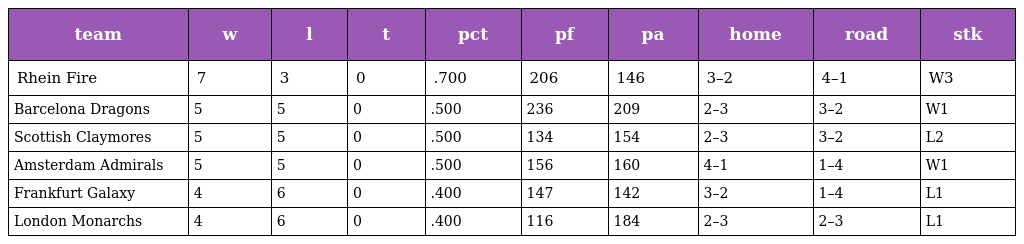
| team | w | l | t | pct | pf | pa | home | road | stk |
 | --- | --- | --- | --- | --- | --- | --- | --- | --- | --- |
 | Rhein Fire | 7 | 3 | 0 | .700 | 206 | 146 | 3–2 | 4–1 | W3 |
 | Barcelona Dragons | 5 | 5 | 0 | .500 | 236 | 209 | 2–3 | 3–2 | W1 |
 | Scottish Claymores | 5 | 5 | 0 | .500 | 134 | 154 | 2–3 | 3–2 | L2 |
 | Amsterdam Admirals | 5 | 5 | 0 | .500 | 156 | 160 | 4–1 | 1–4 | W1 |
 | Frankfurt Galaxy | 4 | 6 | 0 | .400 | 147 | 142 | 3–2 | 1–4 | L1 |
 | London Monarchs | 4 | 6 | 0 | .400 | 116 | 184 | 2–3 | 2–3 | L1 |